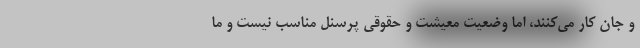
و جان کار می‌کنند، اما وضعیت معیشت و حقوقی پرسنل مناسب نیست و ما